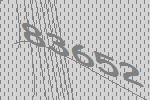
83652